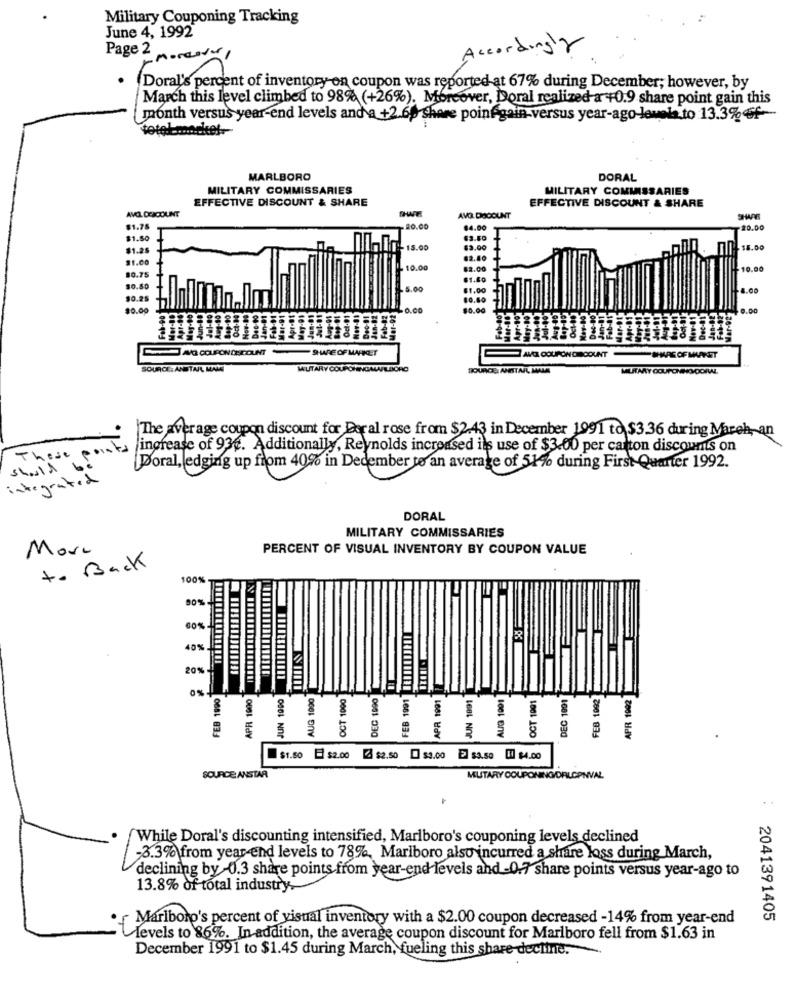
Military Couponing Tracking
June 4, 1992
Accordingly
Page 2
Doral's percent of inventory on coupon was reported at 67% during December; however, by
March this level climbed to 98% (+26%). Moreover, Doral realized a +0.9 share point gain this
month versus year-end levels and a +2.69 share poin-gain-versus year-ago-levels.to 13.3% off-
totel ..... cket-
MARLBORO
DORAL
MILITARY COMMISSARIES
MILITARY COMMISSARIES
EFFECTIVE DISCOUNT & SHARE
EFFECTIVE DISCOUNT & SHARE
AVCL DCICOLINT
AVO DOOOUNT
$1.75
20.00
$4.00
20.00
$1.50
63.50
$1.25
1-15.00
$3.00
$5.00
$1.00
$2.40
$0.75
10.00
10.00
$1.60
$0.50
$1,00
$0.25
$0.00
$0.00
AQ COUPONDECOUNT
SHARE OF MARKET
DISCOUNT
SMAG OF MARKET
SOURCE:ANSTAR MALE
WUTARY COUPONENGAWAALBORO
SOURCE: ANESTAR, MAMA
MILITARY COUPONHRY CORAL
The average coupon discount for Doral rose from $2.43 in December 1991 to $3.36 during Mareh, an
These point.
increase of 93e. Additionally, Reynolds increased ils use of $3.00 per carton discounts on
should
Doral, edging up from 40% in December to an average of 51% during First Quarter 1992.
Eğ up jem age De
integrated
DORAL
MILITARY COMMISSARIES
More
PERCENT OF VISUAL INVENTORY BY COUPON VALUE
to Back
100%
APR 1900 THEFREE !!!!!!! &
90%
FEB 1991 IEIIIII]} !!
40%
20%
FEB 1990
JUN 1000
AUG 1990
OCT 1000
DEC 1990
APR 1991
JUN 1991
AUG 1001
DEC 1991
FEB 1092
APR 1992
OCT 1991
$1.50 = $2.00 [ $2.50 [ $3.co E $3.50 0 $4.00
SOURCE ANSTAR
MUTARY COUPONING/DALGPNVAL
While Doral's discounting intensified, Marlboro's couponing levels declined
-3.3% from year end levels to 78%, Marlboro also incurred a share loss during March,
declining by-0.3 share points from year-end levels and -0-7 share points versus year-ago to
13.8% of total industry,
Marlboro's percent of visual inventory with a $2.00 coupon decreased -14% from year-end
2041391405
Levels to 86%. In addition, the average coupon discount for Marlboro fell from $1.63 in
December 1991 to $1.45 during March, fueling this share-decline.